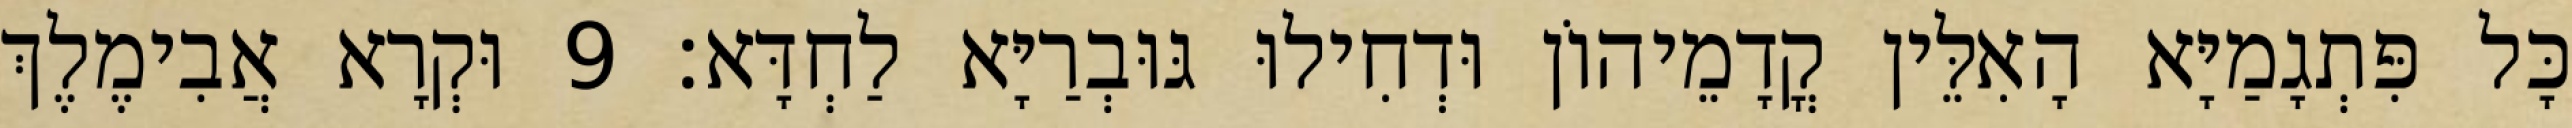
כָּל פִּתְגָמַיָּא הָאִלֵּין קֳדָמֵיהוֹן וּדְחִילוּ גּוּבְרַיָּא לַחְדָּא׃ 9 וּקְרָא אֲבִימֶלֶךְ